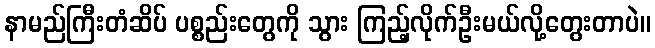
နာမည်ကြီးတံဆိပ် ပစ္စည်းတွေကို သွား ကြည့်လိုက်ဦးမယ်လို့တွေးတာပဲ။